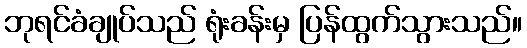
ဘုရင်ခံချုပ်သည် ရုံးခန်းမှ ပြန်ထွက်သွားသည်။